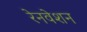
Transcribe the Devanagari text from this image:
रेनवेशन